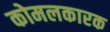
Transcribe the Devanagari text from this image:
कोमलकारक